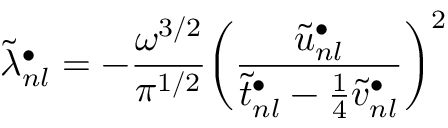
\widetilde \lambda _ { n l } ^ { \bullet } = - \frac { \omega ^ { 3 / 2 } } { \pi ^ { 1 / 2 } } \biggl ( \frac { \tilde { u } _ { n l } ^ { \bullet } } { \tilde { t } _ { n l } ^ { \bullet } - \frac { 1 } { 4 } \tilde { v } _ { n l } ^ { \bullet } } \biggr ) ^ { 2 }